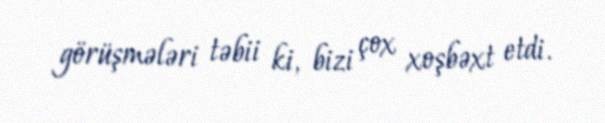
görüşmələri təbii ki, bizi çox xoşbəxt etdi.